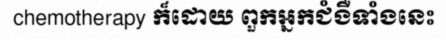
chemotherapy ក៏ដោយ ពួកអ្នកជំងឺទាំងនេះ